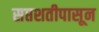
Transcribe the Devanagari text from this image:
सप्तशतीपासून